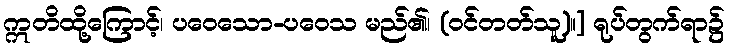
ဣတိထို့ကြောင့်၊ ပဝေသော-ပဝေသ မည်၏၊ (ဝင်တတ်သူ)။] ရုပ်တွက်ရာ၌